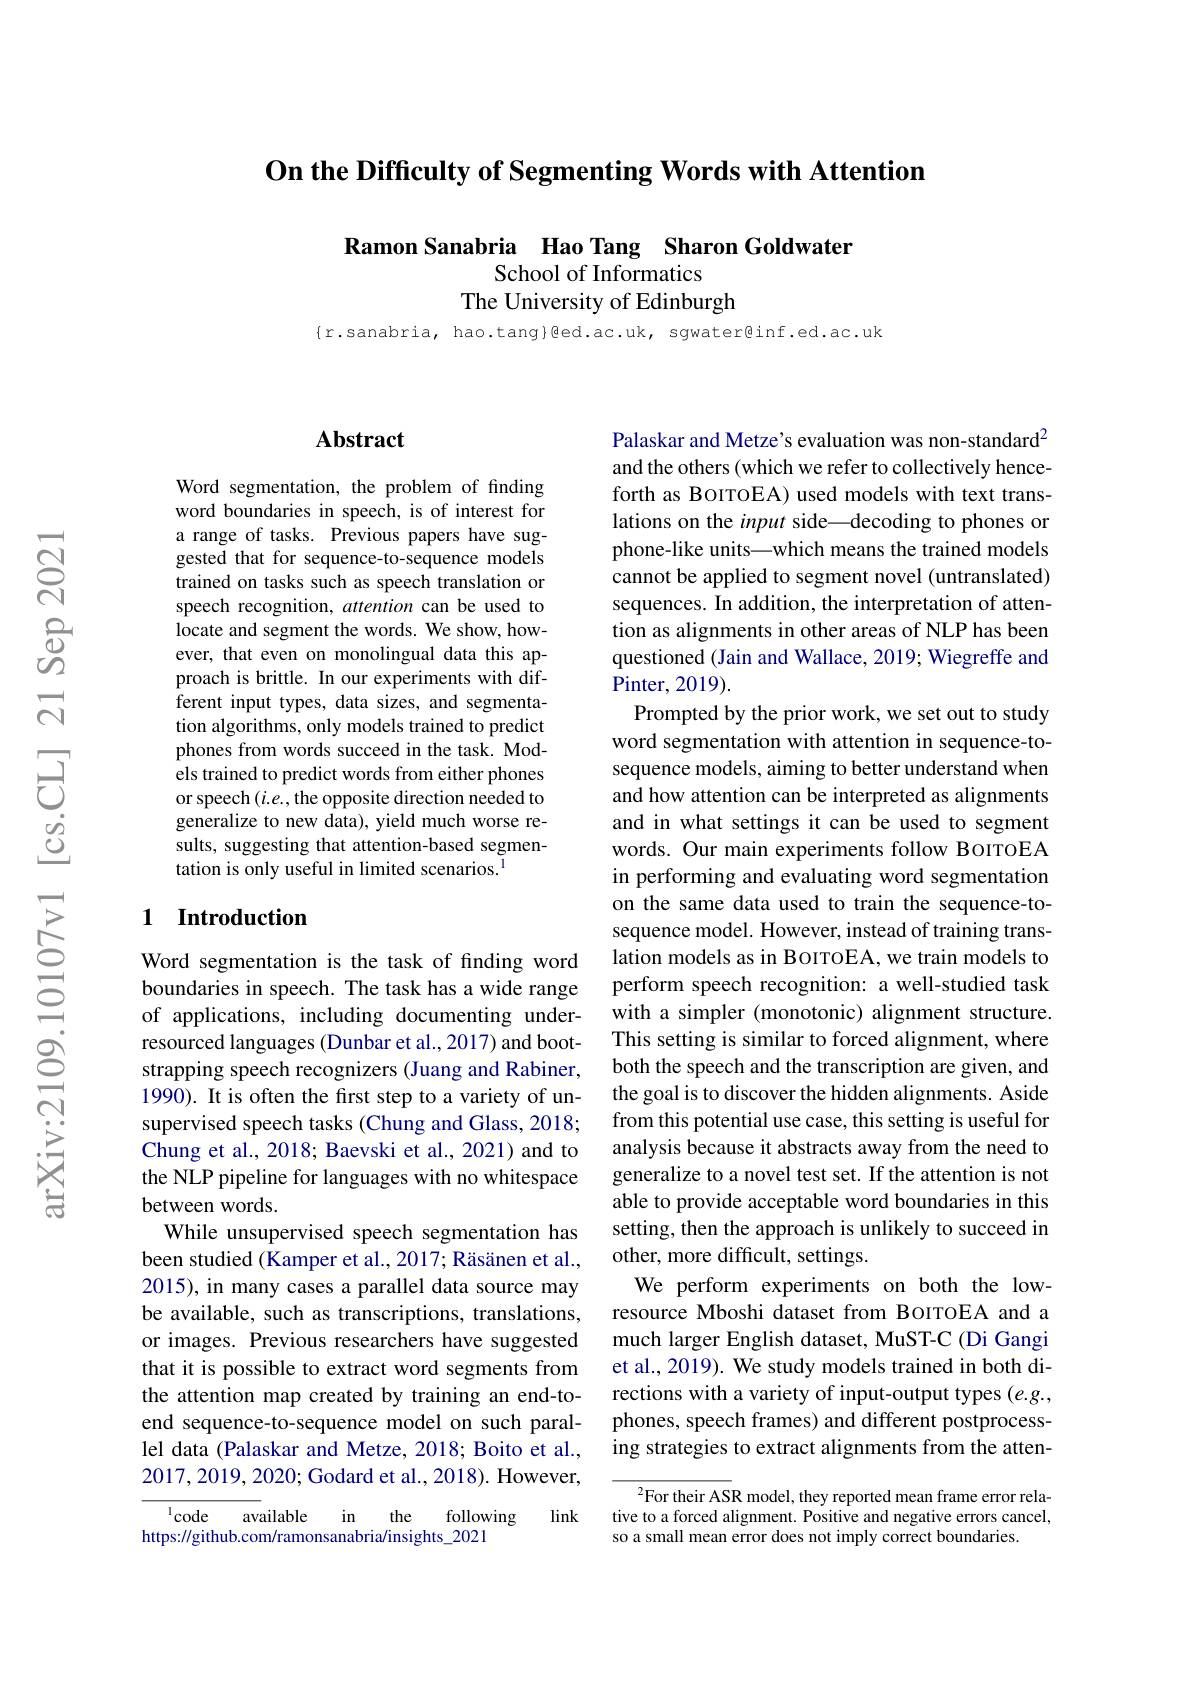
On the Difficulty of Segmenting Words with Attention

Ramon Sanabria Hao Tang Sharon Goldwater
### School of Informatics The University of Edinburgh

$\{$r.sanabria, hao.tang}ged.ac.uk, sgwater@inf.ed.ac.uk

## $\mathbf{Abstract}$

Word segmentation, the problem of finding word boundaries in speech, is of interest for a range of tasks. Previous papers have suggested that for sequence-to-sequence models trained on tasks such as speech translation or speech recognition, attention can be used to locate and segment the words. We show, however, that even on monolingual data this approach is brittle. In our experiments with different input types, data sizes, and segmentation algorithms, only models trained to predict phones from words succeed in the task. Models trained to predict words from either phones or speech $(i.e.$, the opposite direction needed to generalize to new data), yield much worse results, suggesting that attention-based segmentation is only useful in limited scenarios.$^{\mathrm{l}}$

## 1 Introduction

Word segmentation is the task of finding word boundaries in speech. The task has a wide range of applications, including documenting underresourced languages (Dunbar et al., 2017) and bootstrapping speech recognizers (Juang and Rabiner, 1990). It is often the first step to a variety of unsupervised speech tasks (Chung and Glass, 2018; Chung et al., 2018; Baevski et al., 2021) and to the NLP pipeline for languages with no whitespace between words.
While unsupervised speech segmentation has been studied (Kamper et al., 2017; Räsänen et al., 2015), in many cases a parallel data source may be available, such as transcriptions, translations, or images. Previous researchers have suggested that it is possible to extract word segments from the attention map created by training an end-toend sequence-to-sequence model on such parallel data (Palaskar and Metze, 2018; Boito et al., 2017,2019,2020; Godard et al., 2018). However,

link
$^{1}$code available in the following
https://github.com/ramonsanabria/insights\_2021

Palaskar and Metze's evaluation was non-standard$^{2}$ and the others (which we refer to collectively henceforth as BoITOEA) used models with text translations on the input side—decoding to phones or phone-like units—which means the trained models cannot be applied to segment novel (untranslated) sequences. In addition, the interpretation of attention as alignments in other areas of NLP has been questioned (Jain and Wallace, 2019; Wiegreffe and Pinter, 2019).
Prompted by the prior work, we set out to study word segmentation with attention in sequence-tosequence models, aiming to better understand when and how attention can be interpreted as alignments and in what settings it can be used to segment words. Our main experiments follow BoITOEA in performing and evaluating word segmentation on the same data used to train the sequence-tosequence model. However, instead of training translation models as in BoıroEA, we train models to perform speech recognition: a well-studied task with a simpler (monotonic) alignment structure. This setting is similar to forced alignment, where both the speech and the transcription are given, and the goal is to discover the hidden alignments. Aside from this potential use case, this setting is useful for analysis because it abstracts away from the need to generalize to a novel test set. If the attention is not able to provide acceptable word boundaries in this setting, then the approach is unlikely to succeed in other, more difficult, settings.
We perform experiments on both the lowresource Mboshi dataset from BoıTOEA and a much larger English dataset, MuST-C (Di Gangi et al., 2019). We study models trained in both directions with a variety of input-output types $(e.g.$, phones, speech frames) and different postprocessing strategies to extract alignments from the atten-
${}^{2}$For their ASR model, they reported mean frame error rela-

tive to a forced alignment. Positive and negative errors cancel,
so a small mean error does not imply correct boundaries.